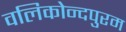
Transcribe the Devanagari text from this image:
वलिकोन्दपुरम